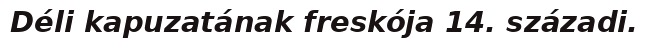
Déli kapuzatának freskója 14. századi.